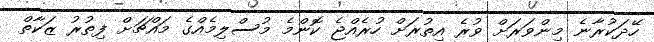
ހޭދަކުރާނެ މިންވަރަށް ވުރެ އިތުރަށް ހުރެއްޖެ ކޮންމެ މުސްލިމެއްގެ މައްޗަށް ފިތުރު ޒަކާތް